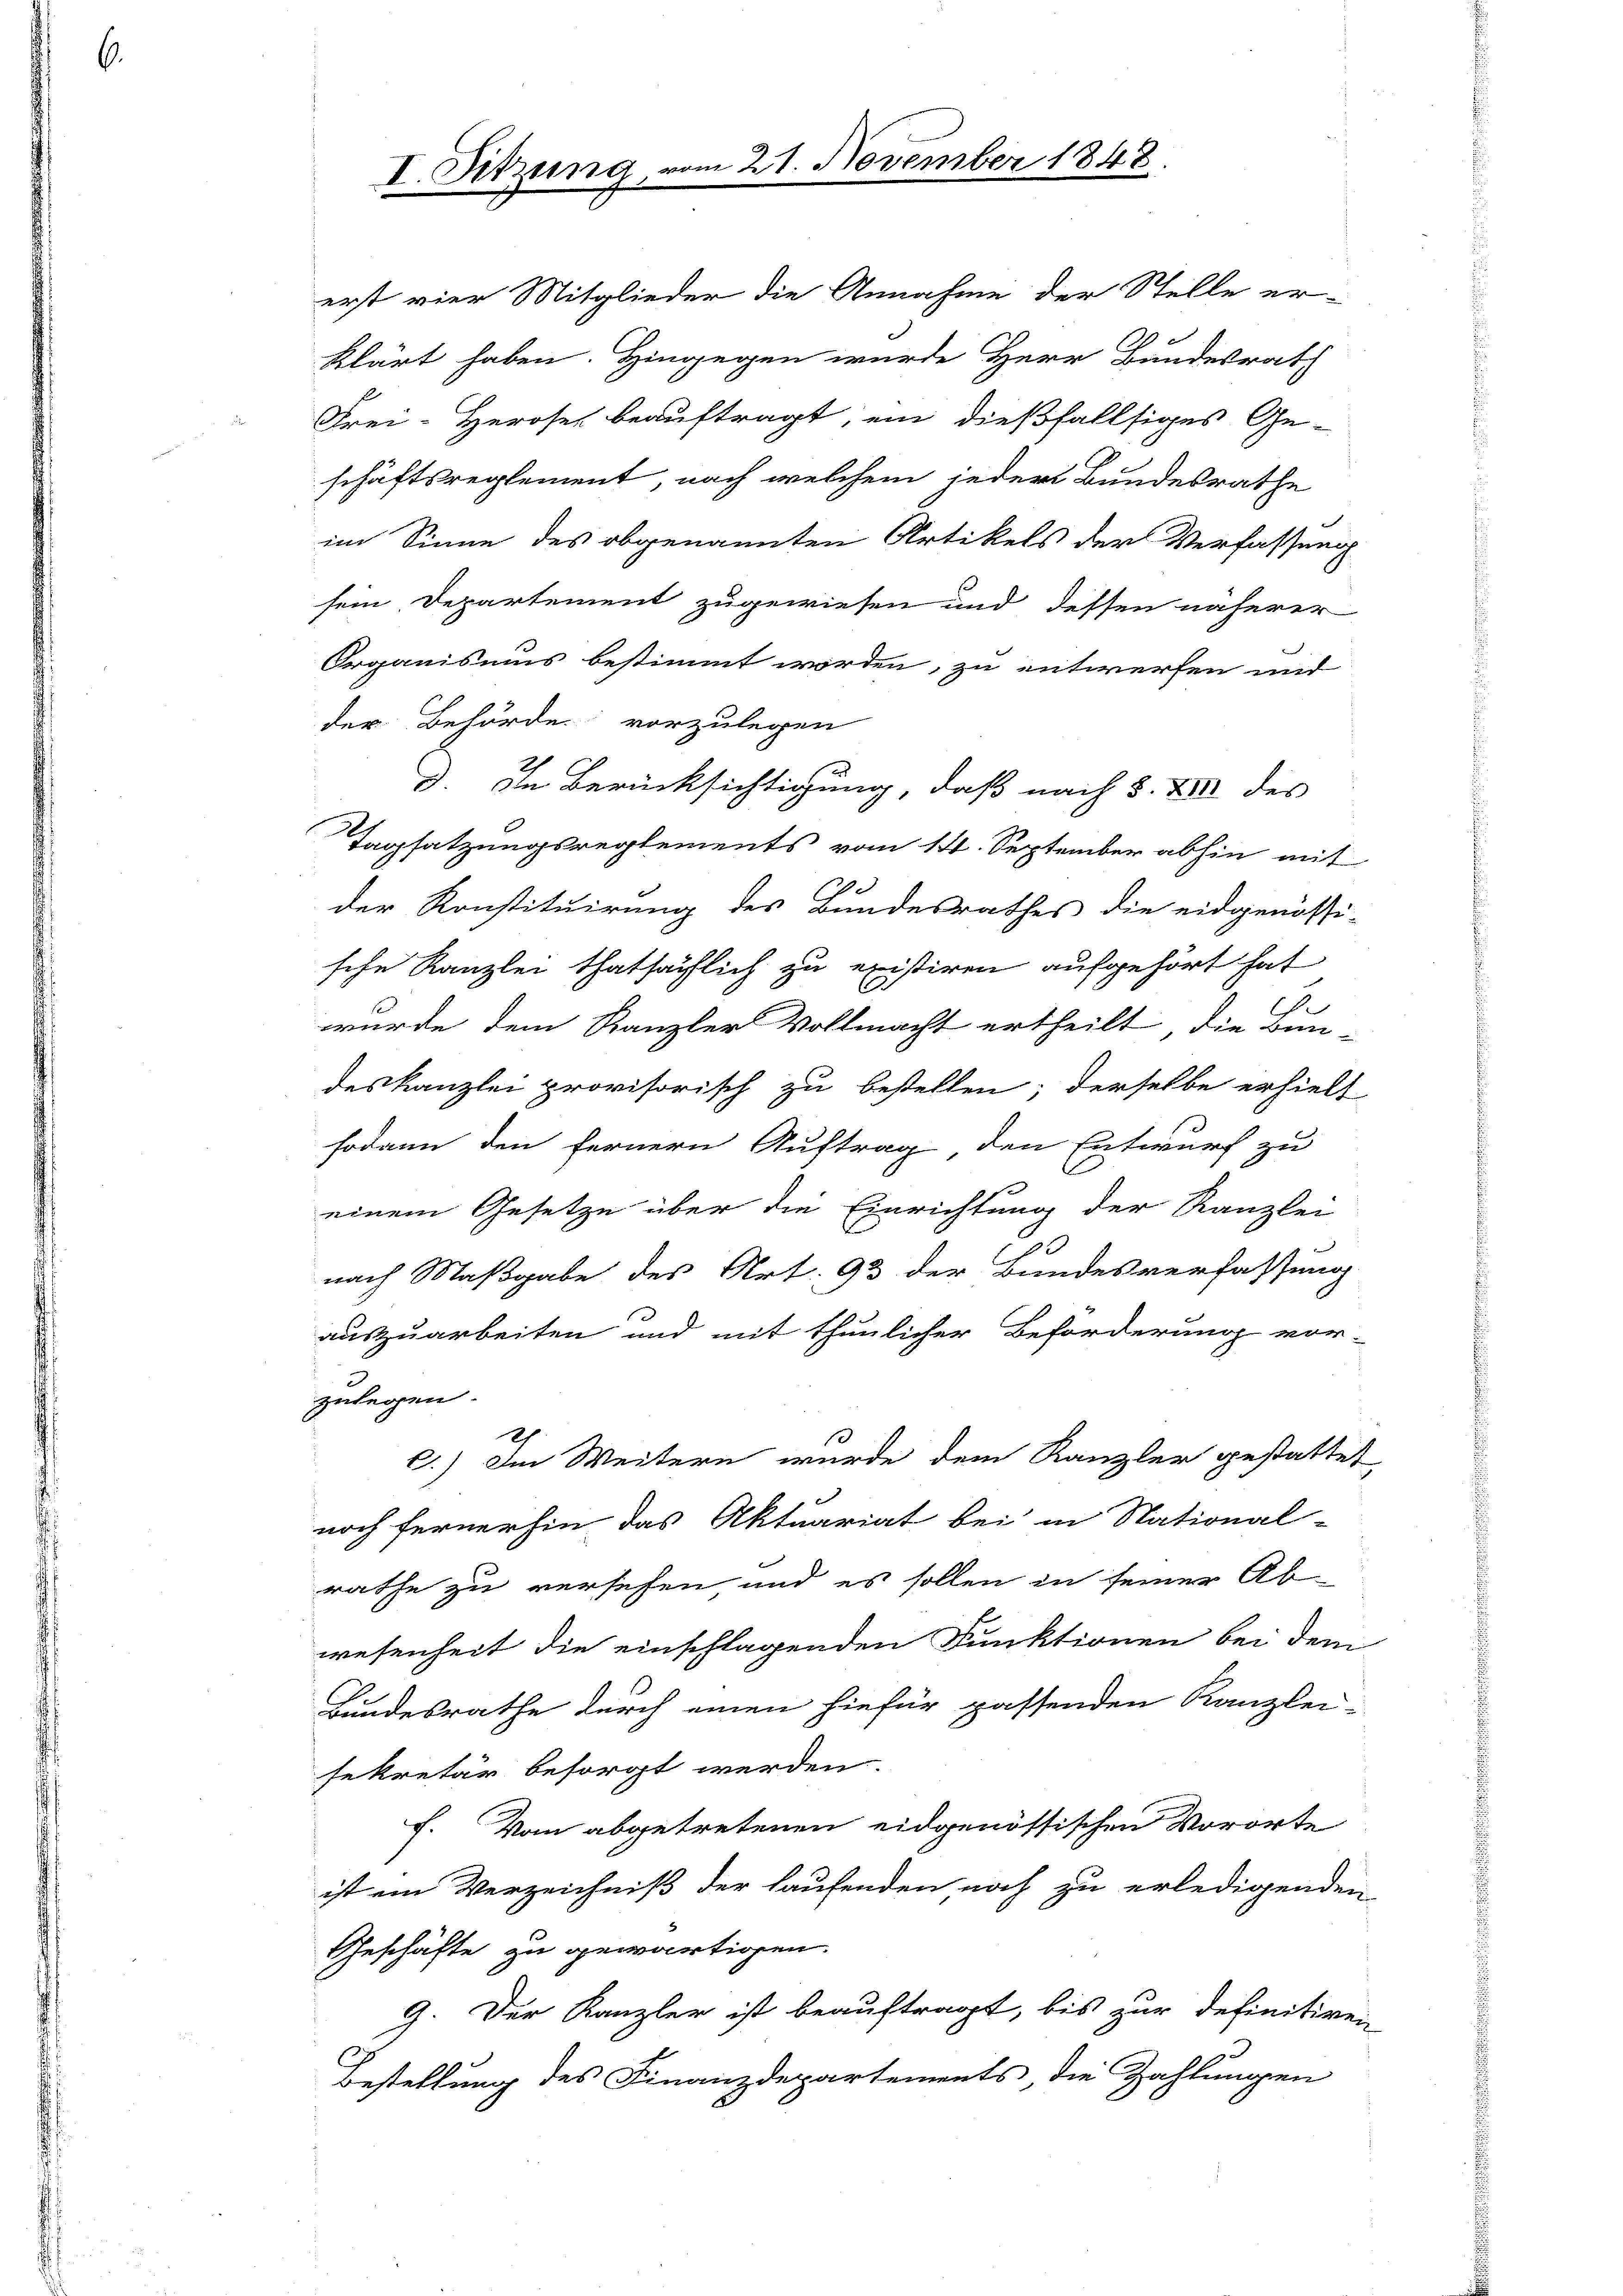
erst vier Mitglieder die Annahme der Stelle erklärt haben. Hingegen wurde Herr Bundesrath
Frei-Heroses beauftragt, ein dießfallsiges Ge-
schäftsreglement, nach welchem jeder Bundesrathe

I. Sitzung

21. November 1848.

im Sinne des obgenannten Artikels der Verfassung
sein Departement zugewiesen und dessen näherer
Organisums bestimmt worden, zu entwerfen und
der Behörde vorzulegen
D. In Berücksichtigung, daß nach §. XIII des
Tagsatzungsreglements vom 14. September abhin mit
der Konstituirung des Bundesrathes die eidgenössi-
sche Kanzlei thatsächlich zu existiren aufgehört hat
u
wurde dem Kanzler Vollmacht ertheilt, die Bun-
deskanzlei provisorisch zu bestellen; derselbe erhielt
sodann den fernern Auftrag den Entwurf zu
einem Gesetze über die Einrichtung der Kanzlei
nach Maßgabe des Art. 93 der Bundesverfassung
auszuarbeiten und mit thunlicher Beförderung vor-
zulegen.
c.) Im Weitern wurde dem Kanzler gestattet
noch fernerhin das Aktuariat bei in National-
rathe zu versehen, und es sollen in seiner Ab-
wesenheit die einschlagenden Funktionen bei dem
Bundesrathe durch einen hiefür passenden Kanzlei-
sekretär besorgt werden.
f. Vom abgetretenen eidgenössischen Vororte
ist ein Verzeichniß der laufenden noch zu erledigenden
Geschäfte zu gewärtigen.
9. Der Kanzler ist beauftragt, bis zur definitiven
Bestellung des Finanzdepartements, die Zahlungen